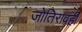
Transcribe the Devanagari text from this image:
जोतिरावही